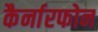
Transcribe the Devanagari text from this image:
कैर्नारफोन